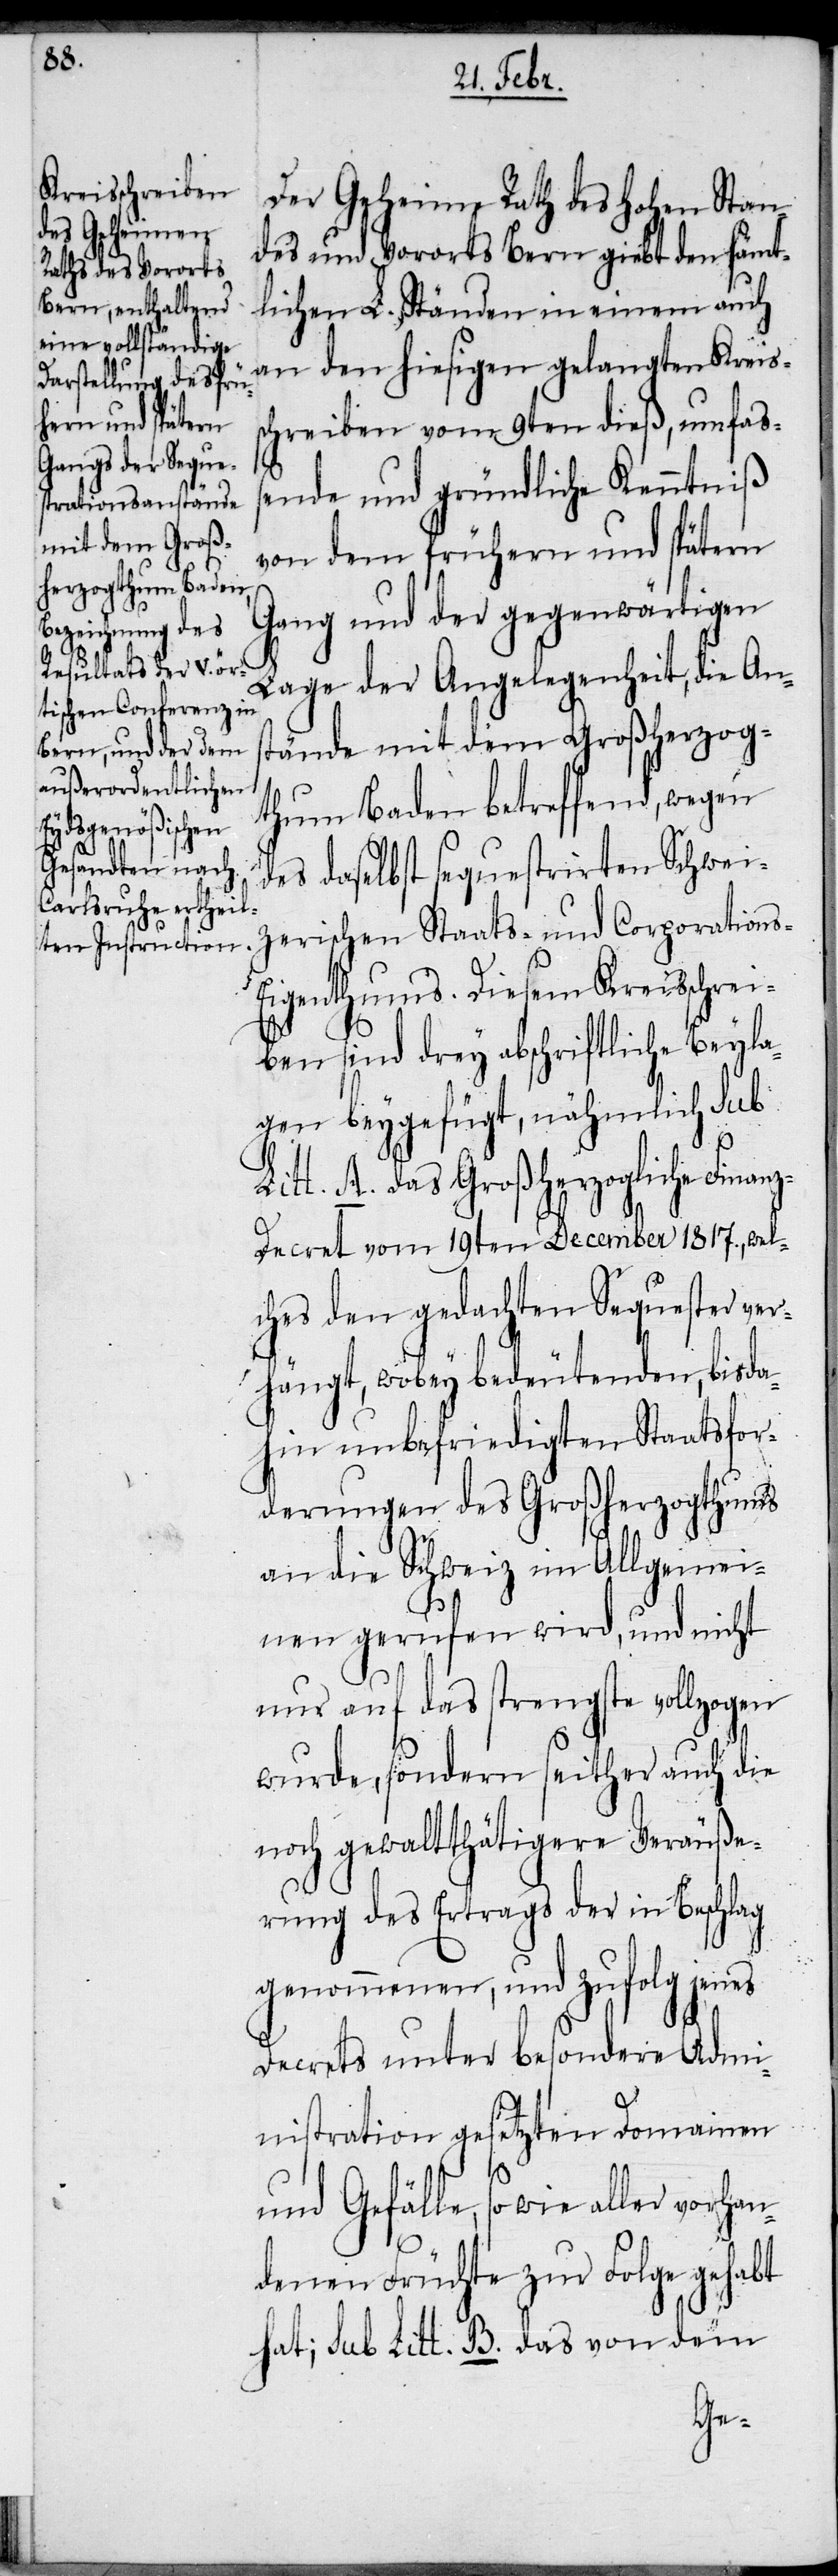
Der Geheime Rath des Hohen Stan¬
des und Vorortes giebt den sämt¬
lichen L. Ständen in einem auch
an den hiesigen gelangten Kreis¬
schreiben vom 9ten dieß, umfaß¬
st¬
ende und gründliche Kenntniß
von dem frühern und spätern
Gang und der gegenwärtigen
Lage der Angelegenheit, die An¬
ände mit dem Großherzog¬
thum Baden betreffend, wegen
des daselbst sequestrirten Schwei¬
zerischen Staats- und Corporations-E¬
igenthums. Diesem Kreisschrei¬
ben sind drey abschriftliche Beyla¬
gen beygefügt, nähmlich sub
Litt. A. das Großherzogliche Finan¬
z-Decret vom 19ten December 1817., wel¬
ches den gedachten Sequester ver¬
hängt, wobey bedeutenden, bis da¬
hin unbefriedigten Staatsfor¬
derungen des Großherzogthums
an die Schweiz im Allgemei¬
nen gerufen wird, und nicht
nur auf das strengste vollzogen
wurde, sondern seither auch die
noch gewaltthätigere Veräuße¬
rung des Ertrags der in Beschlag
genommenen, und zufolg jenes
Decrets unter besondere Admi¬
nistration gesetzten Domainen
und Gefälle, so wie aller vorhan¬
denen Früchte zur Folge gehabt
hat; sub Litt. B. das von dem